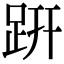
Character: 趼